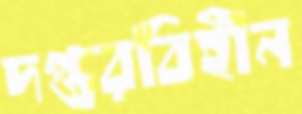
দপ্তরবিহীন